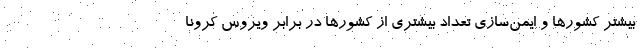
بیشتر کشورها و ایمن‌سازی تعداد بیشتری از کشورها در برابر ویروس کرونا